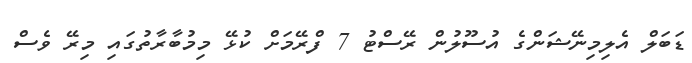
ޑަބަލް އެލިމިނޭޝަންގެ އުސޫލުން ރޭސްޓު 7 ފްރޭމަށް ކުޅޭ މިމުބާރާތުގައި މިރޭ ވެސް